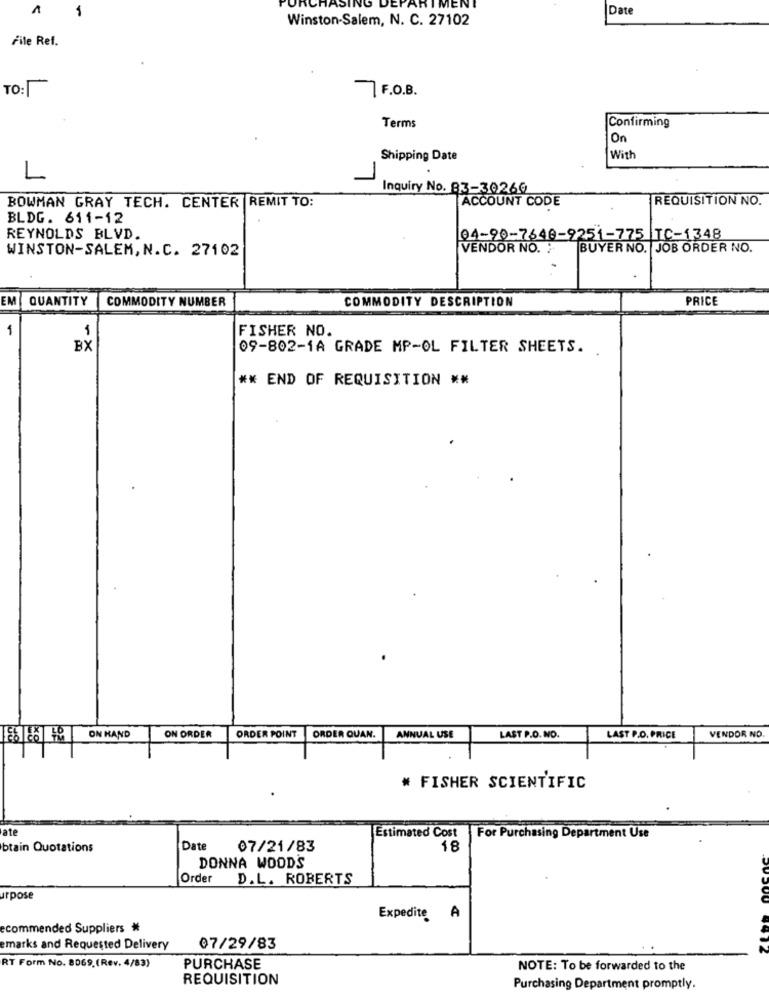
A
1
ORCHASING
IMENI
Date
Winston-Salem, N. C. 27102
File Ref.
TO:
7 F.O.B.
Terms
Confirming
On
Shipping Date
With
L
Inquiry No. 83-30260
ACCOUNT CODE
REQUISITION NO.
BOWMAN GRAY TECH. CENTER REMIT TO:
BLDG. 611-12
REYNOLDS BLVD.
04-90-7640-9251-775 TC-1348
WINSTON-SALEM, N.C. 27102
VENDOR NO. :
BUYER NO. JOB ORDER NO.
EM
QUANTITY
COMMODITY NUMBER
COMMODITY DESCRIPTION
PRICE
1
1
FISHER NO.
BX
09-802-1A GRADE MP-OL FILTER SHEETS.
** END OF REQUISITION **
192
ON HAND
ON ORDER
ORDER POINT
ORDER QUAN.
ANNUAL USE
LAST P.O. NO.
LAST P.O. PRICE
VENDOR NO
# FISHER SCIENTIFIC
ate
Estimated Cost
For Purchasing Department Use
brain Quotations
Date
07/21/83
18
DONNA WOODS
Order D.L. ROBERTS
urpose
Expedite A
ecommended Suppliers
emarks and Requested Delivery
07/29/83
4912
RT Form No. 8069.(Rev. 4/83)
PURCHASE
NOTE: To be forwarded to the
REQUISITION
Purchasing Department promptly.